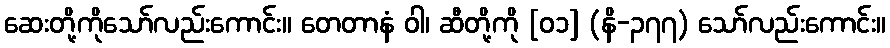
ဆေးတို့ကိုသော်လည်းကောင်း။ တေတာနံ ဝါ၊ ဆီတို့ကို [၀၁] (နိ-၃၇၇) သော်လည်းကောင်း။